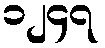
၁၂၄၇